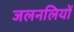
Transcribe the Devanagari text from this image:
जलनलियों